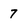
Character: 7